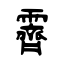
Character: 霽